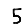
Digit: 5